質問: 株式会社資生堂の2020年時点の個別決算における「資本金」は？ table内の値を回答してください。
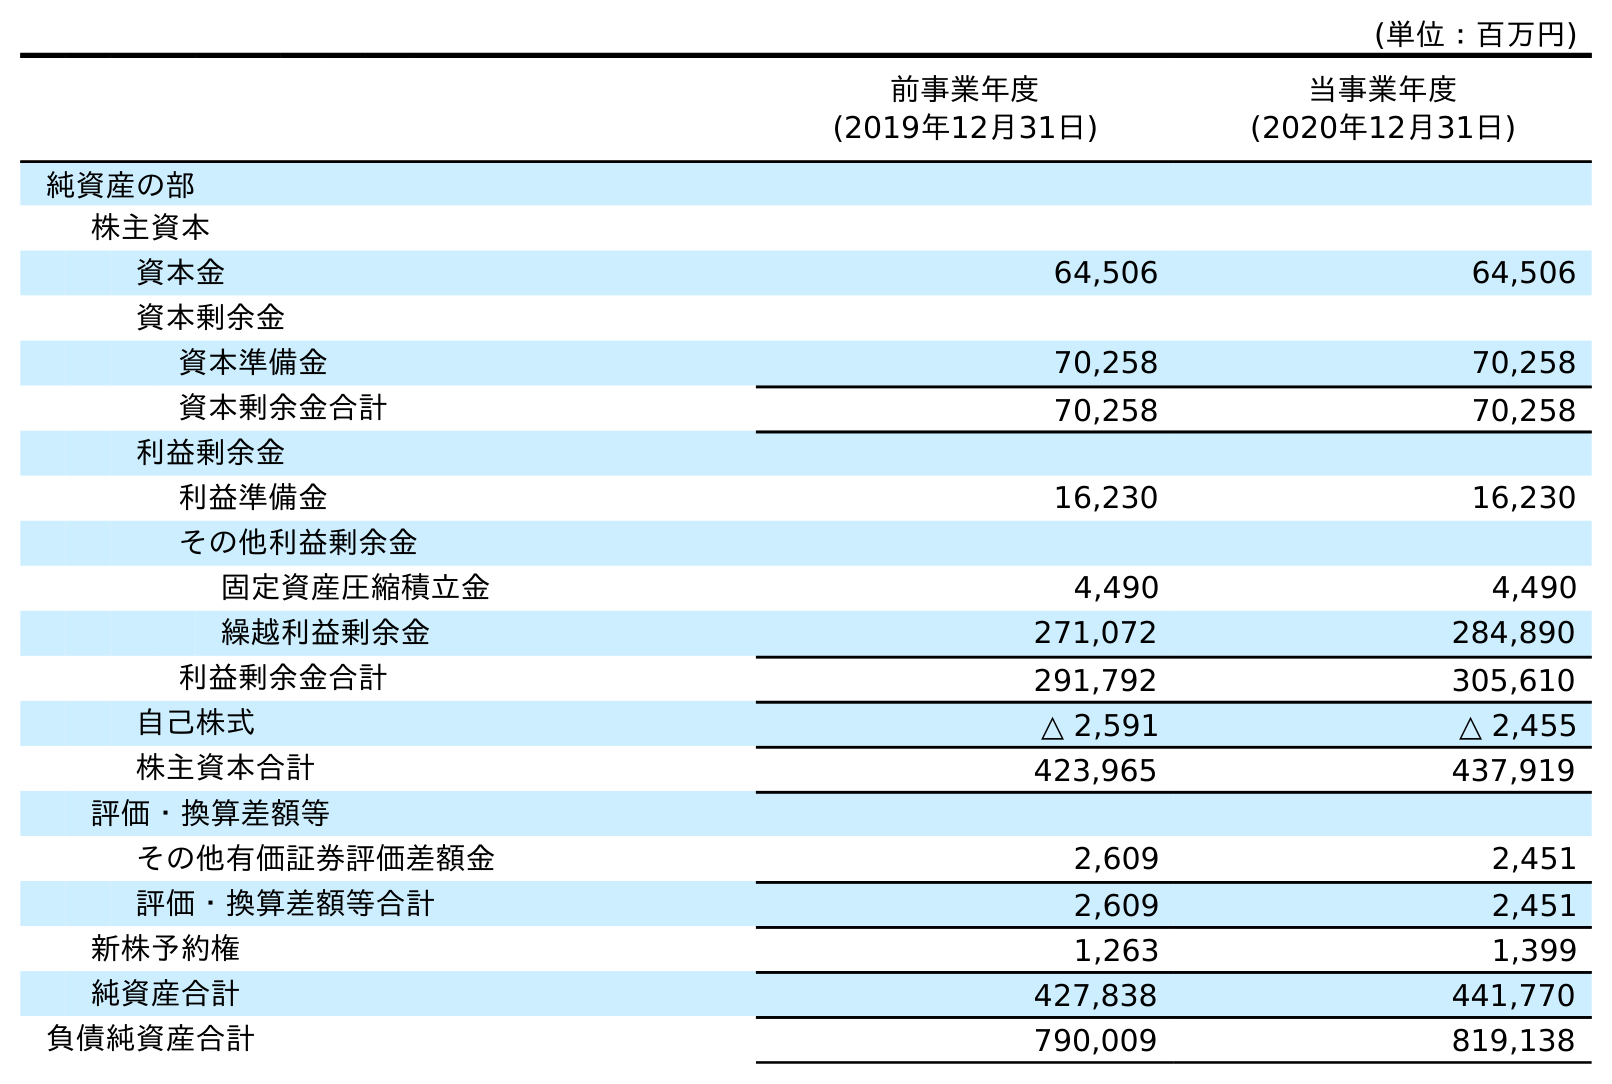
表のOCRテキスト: (単位：百万円) 前事業年度 (2019年12月31日) 当事業年度 (2020年12月31日) 純資産の部 株主資本 資本金 64,506 64,506 資本剰余金 資本準備金 70,258 70,258 資本剰余金合計 70,258 70,258 利益剰余金 利益準備金 16,230 16,230 その他利益剰余金 固定資産圧縮積立金 4,490 4,490 繰越利益剰余金 271,072 284,890 利益剰余金合計 291,792 305,610 自己株式 △ 2,591 △ 2,455 株主資本合計 423,965 437,919 評価・換算差額等 その他有価証券評価差額金 2,609 2,451 評価・換算差額等合計 2,609 2,451 新株予約権 1,263 1,399 純資産合計 427,838 441,770 負債純資産合計 790,009 819,138
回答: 64,506